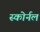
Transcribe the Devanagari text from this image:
स्कोर्नल